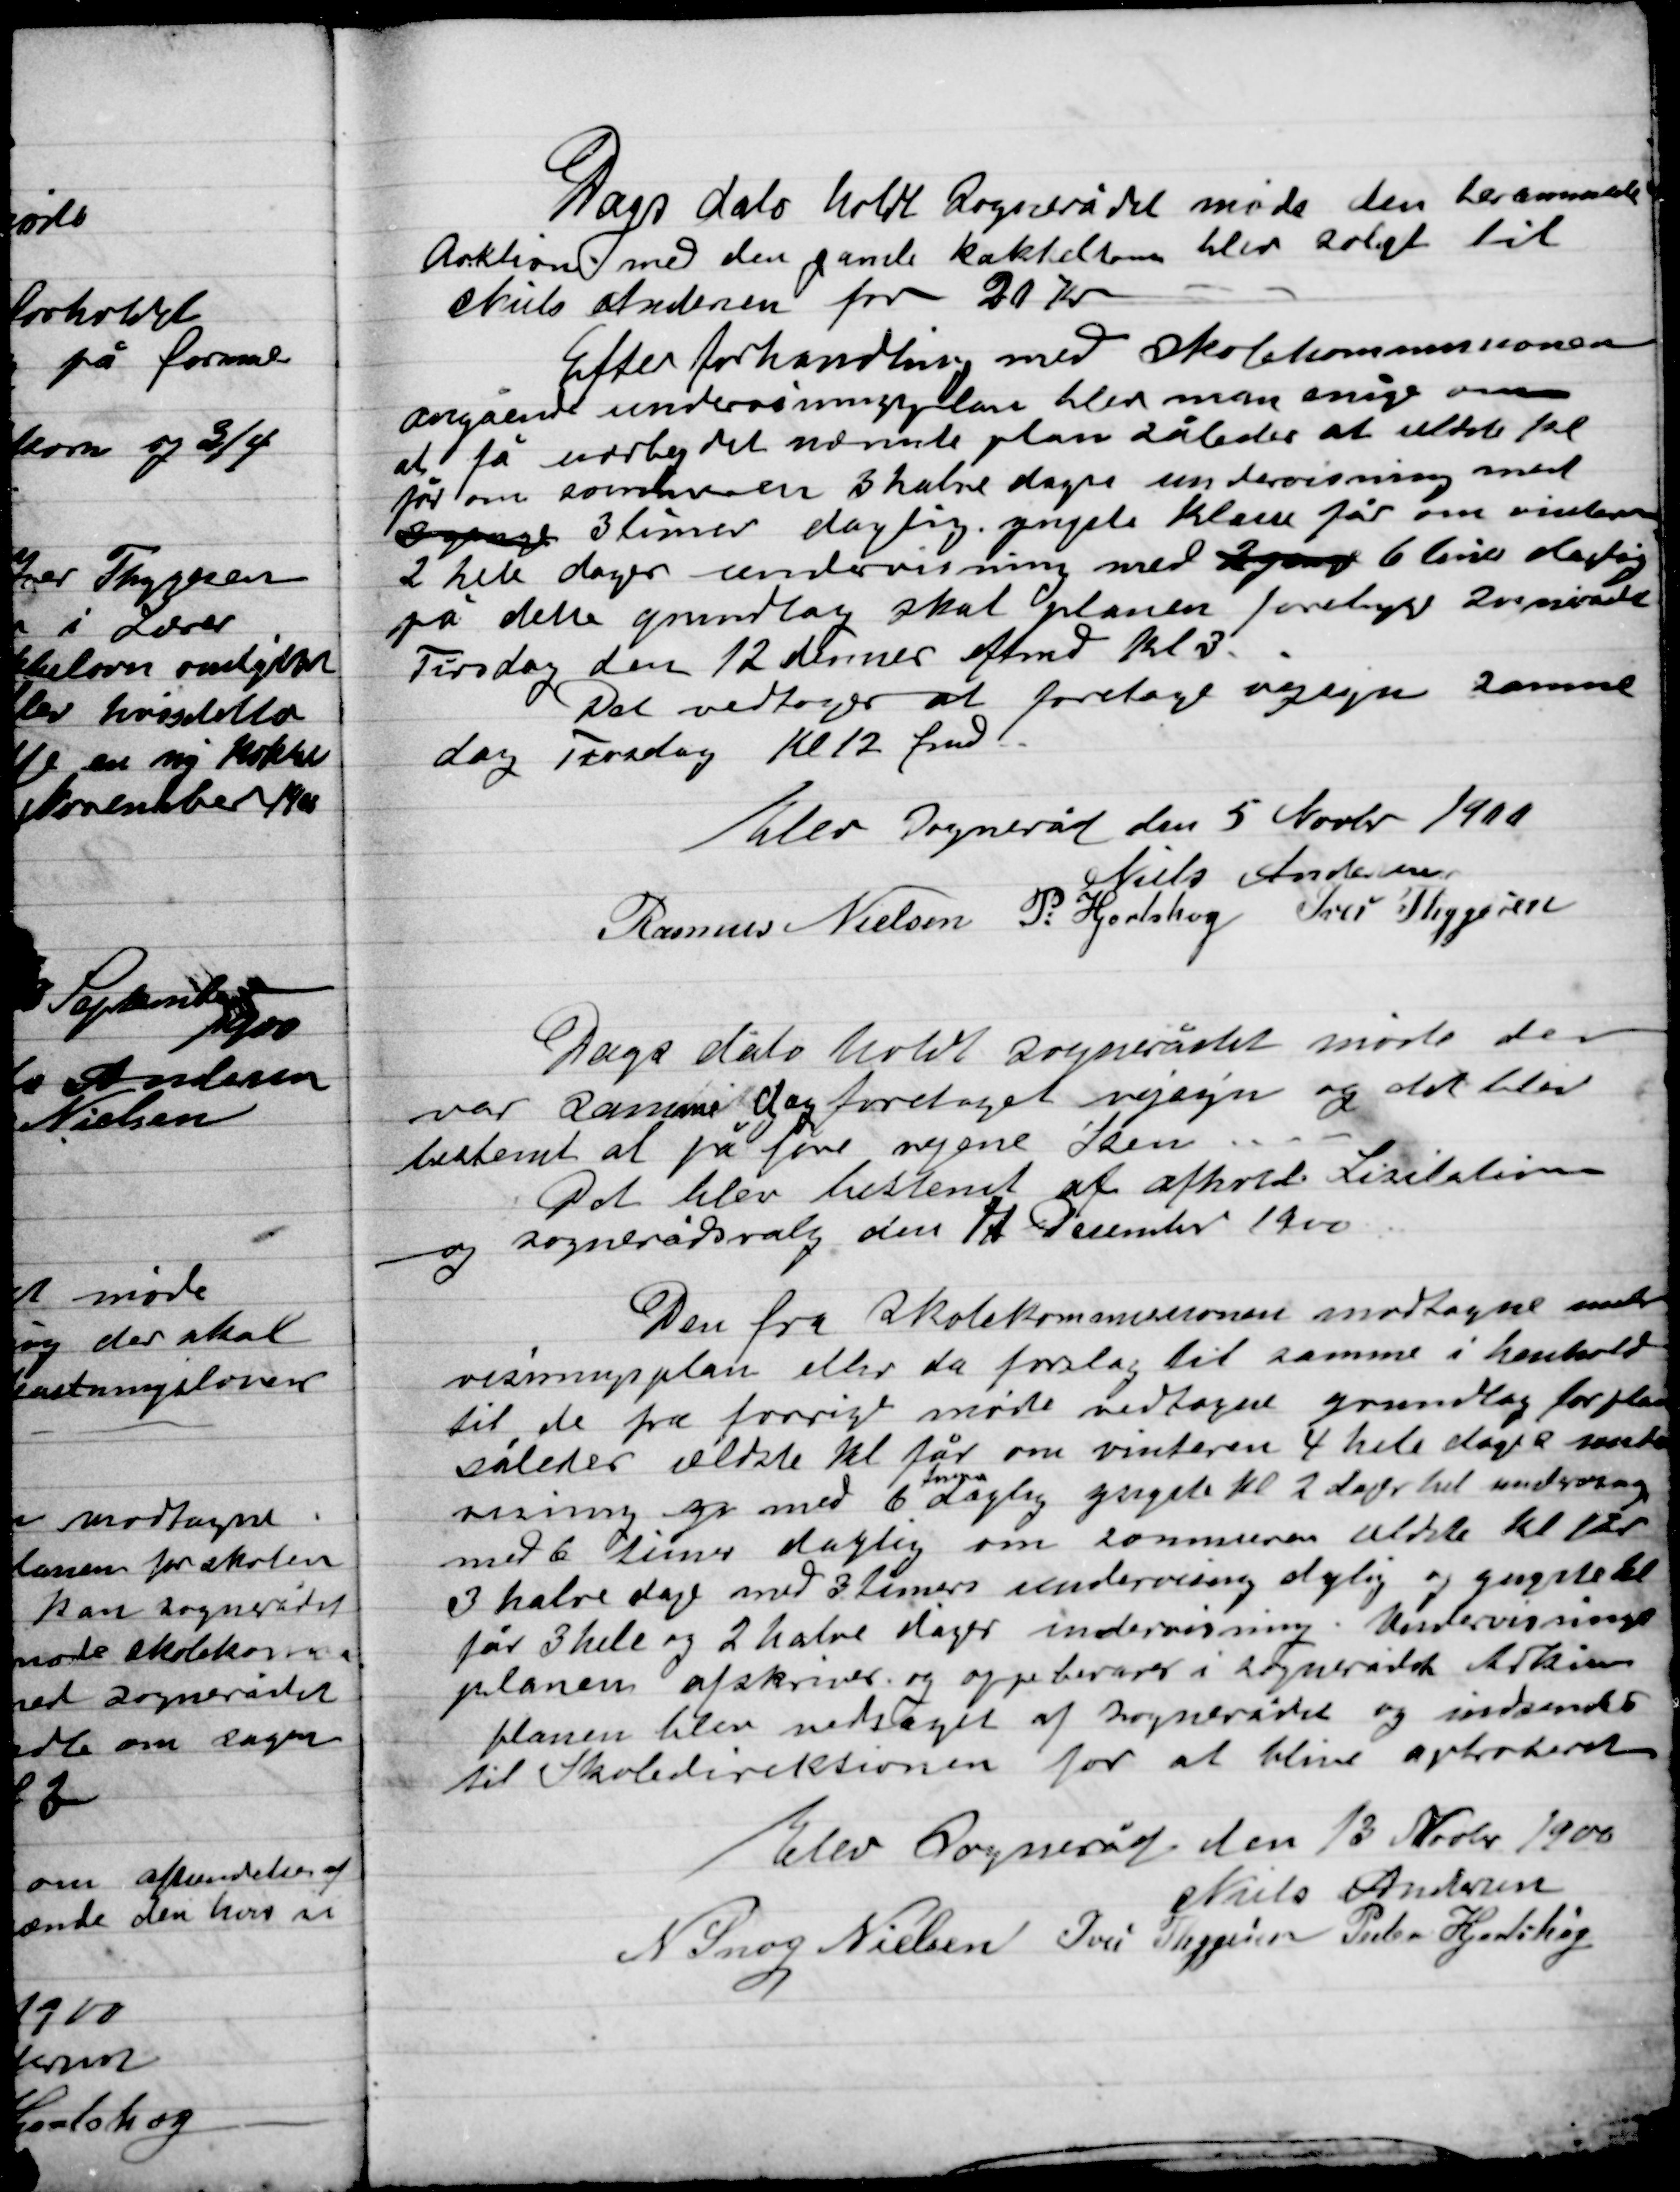
Transskription:
Dags dato holdt Sognerådet møde den berammede
Auktion med den gamle kakkelovn blev solgt
Niels Andersen for 20 Kr.
Efter forhandlingen med Skolekommissionen
Angående undervisningsplanen blev man enige om
at få udarbejdet udnævnte plan således at udtale tal
for om sommeren 3 halve dages undervisning med
3 gange 3 timer daglig. yngste Klasse får om vinteren
2 hele dages undervisning med 2 gange 6 timer daglig
på dette grundlag skal planen foretage 200 mindst
Tirsdag den 12 dennes eftmd. Kl. 3.
Det vedtoges at foretage vejsyn samme
dag Tirsdag Kl. 12 fmd.

Elev Sogneråd den 5 Novbr 1900

Niels Andersen
Rasmus Nielsen
P. Hjortshøj
Ivar Thygesen

Dags dato holdt Sognerådet møde der
var samme dag foretaget vejsyn og det blev
bestemt at på fire vejene Sten ----
det blev bestemt at afholde Licitation
og sognerådsvalg den 17 December 1900

Den fra Skolekommissionen modtagne under-
visningsplan eller de forslag til samme i henhold
til de fra forrige møde vedtagne grundlag for planen
således ældste Kl. får om vinteren 4 hele dages under-
visning og med 6
timers
daglig. Yngste Kl. 2 dage hel undervisning
med 6 timer daglig om sommeren ældst Kl. får
3 halve dage med 3 timers undervisning daglig og yngste Kl.
får 3 hele og 2 halve dages undervisning . Undervisning
planen afskrives og opbevares i Sognerådet Arkiv
planen blev vedtaget af Sognerådet og indsendt
til Skoledirektøren for at blive approberet

Elev Sogneråd den 13 November 1900

Niels Andersen
N. Snog Nielsen
Ivar Thygesen
Peder Hjortshøj